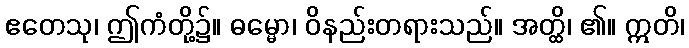
ဧတေသု၊ ဤကံတို့၌။ ဓမ္မော၊ ဝိနည်းတရားသည်။ အတ္ထိ၊ ၏။ ဣတိ၊